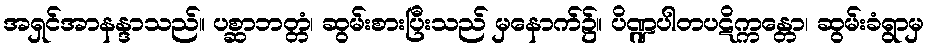
အရှင်အာနန္ဒာသည်။ ပစ္ဆာဘတ္တံ၊ ဆွမ်းစားပြီးသည် မှနောက်၌။ ပိဏ္ဍပါတပဋိက္ကန္တော၊ ဆွမ်းခံရွာမှ